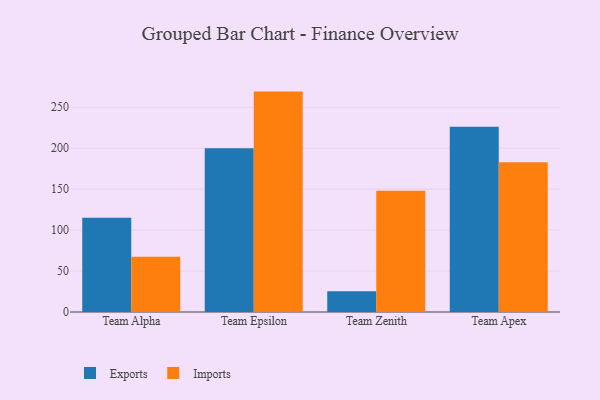
{"axis": {"x": "Team", "y": "Inventory Turnover"}, "legend": ["Exports", "Imports"], "data": [{"x": "Team Alpha", "y": 115.0, "type": "Exports"}, {"x": "Team Alpha", "y": 67.6, "type": "Imports"}, {"x": "Team Epsilon", "y": 199.9, "type": "Exports"}, {"x": "Team Epsilon", "y": 269.1, "type": "Imports"}, {"x": "Team Zenith", "y": 25.4, "type": "Exports"}, {"x": "Team Zenith", "y": 147.9, "type": "Imports"}, {"x": "Team Apex", "y": 226.2, "type": "Exports"}, {"x": "Team Apex", "y": 182.8, "type": "Imports"}]}